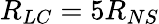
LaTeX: R_{LC}=5R_{NS}